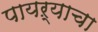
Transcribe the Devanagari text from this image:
पायऱ्याचा